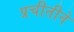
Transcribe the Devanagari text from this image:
प्रचीतीने